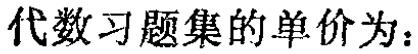
代数习题集的单价为：